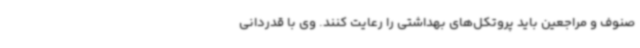
صنوف و مراجعین باید پروتکل‌های بهداشتی را رعایت کنند. وی با قدردانی